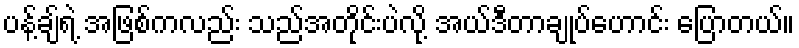
ပန့်ချ်ရဲ့ အဖြစ်ကလည်း သည်အတိုင်းပဲလို့ အယ်ဒီတာချုပ်ဟောင်း ပြောတယ်။